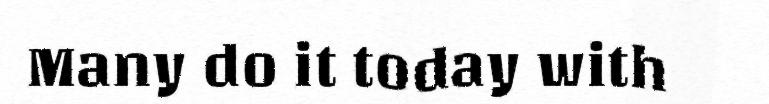
Many do it today with